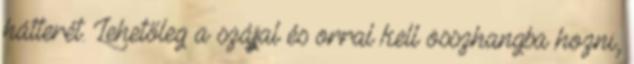
hátterét. Lehetőleg a szájjal és orral kell összhangba hozni,